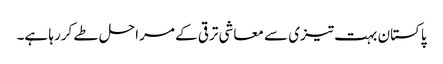
پاکستان بہت تیزی سے معاشی ترقی کے مراحل طے کررہا ہے۔